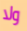
ولا